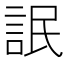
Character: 䛉